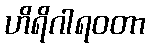
ဟိရိဂါရဝတာ